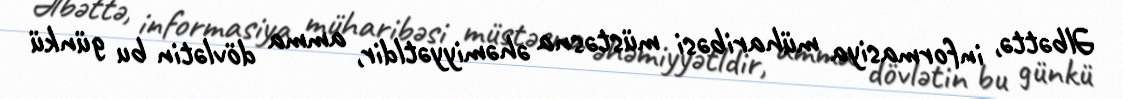
Əlbəttə, informasiya müharibəsi müstəsna əhəmiyyətldir, amma dövlətin bu günkü